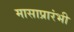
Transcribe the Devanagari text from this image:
मासाप्रारंभी